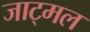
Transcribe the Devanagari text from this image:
जाट्मल